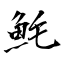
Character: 魹